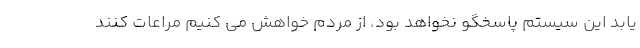
یابد این سیستم پاسخگو نخواهد بود، از مردم خواهش می کنیم مراعات کنند